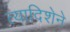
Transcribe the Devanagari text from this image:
त्यादिशेने